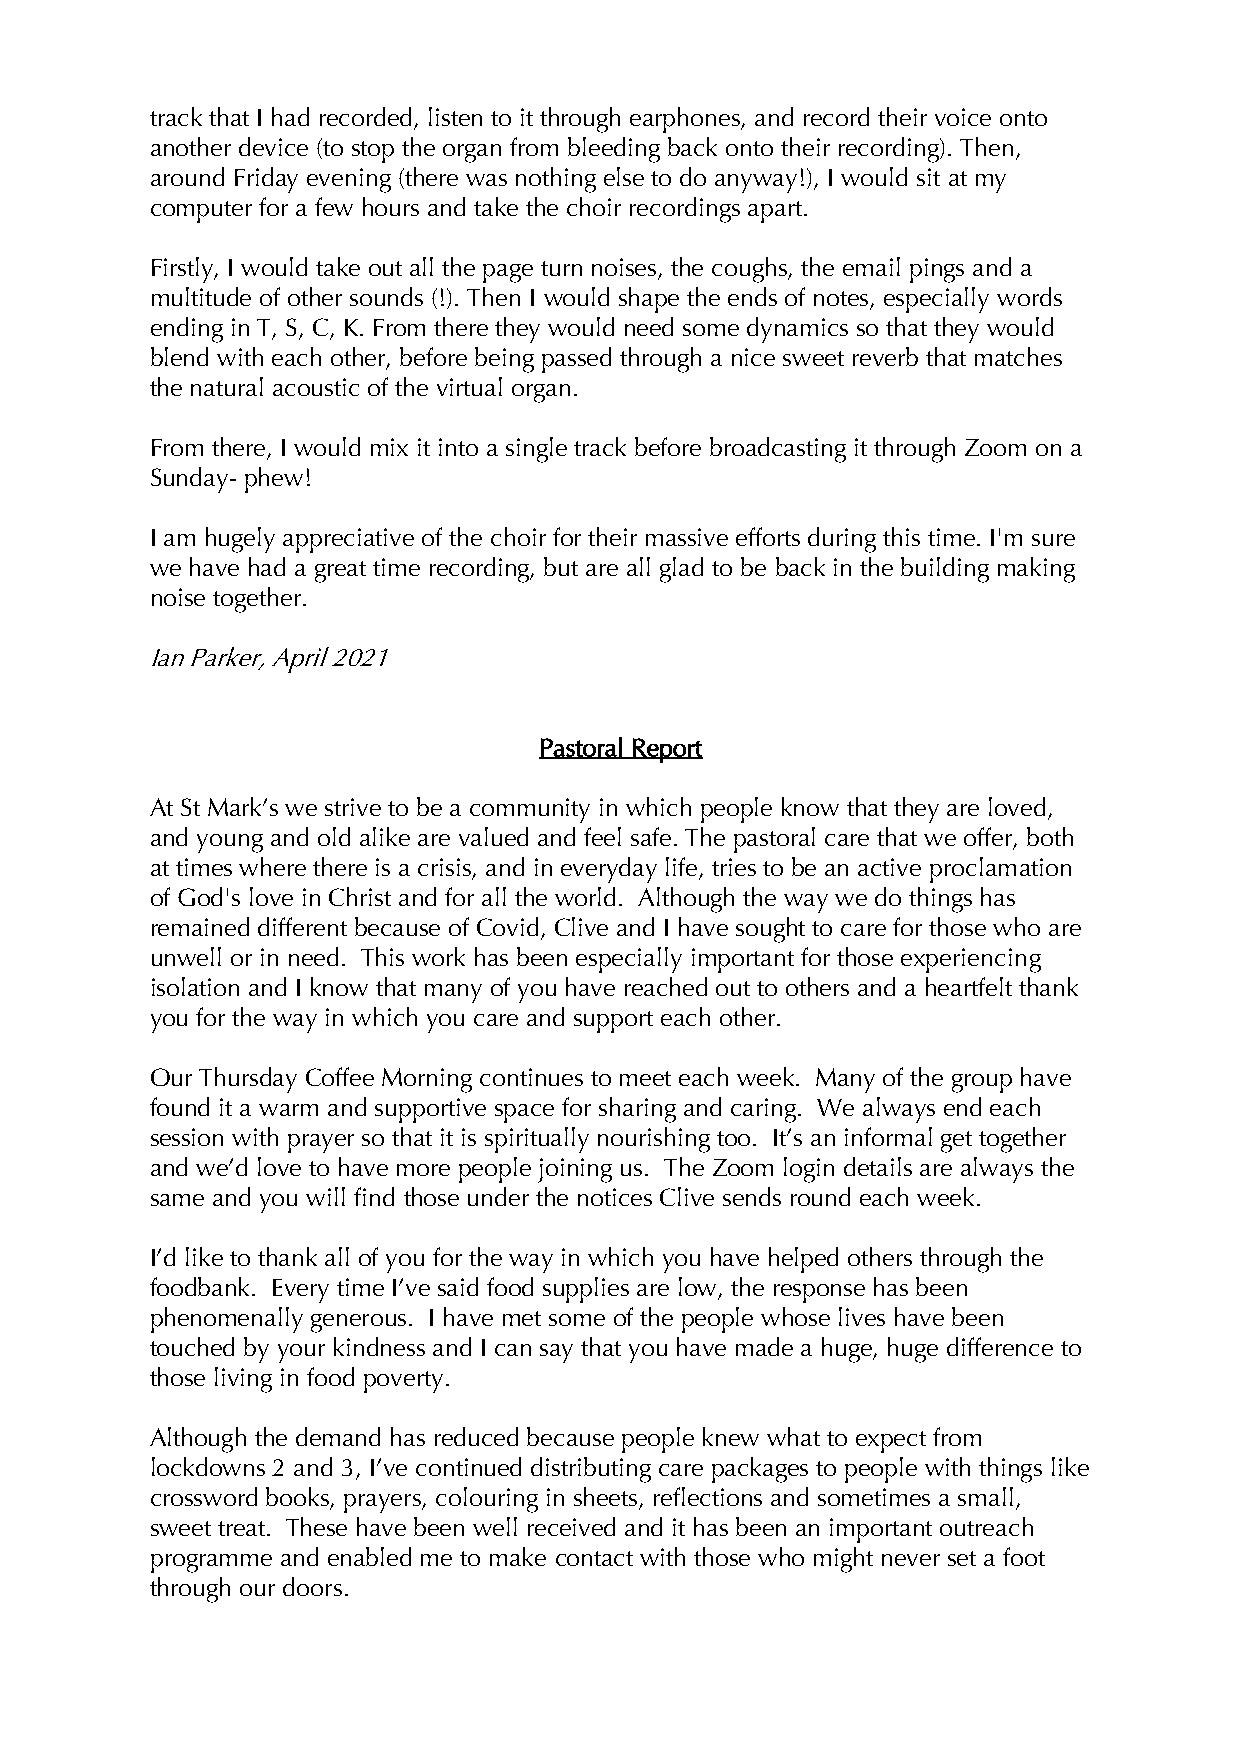
track that I had recorded, listen to it through earphones, and record their voice onto
 another device (to stop the organ from bleeding back onto their recording). Then,
 around Friday evening (there was nothing else to do anyway!), I would sit at my
 computer for a few hours and take the choir recordings apart.
 Firstly, I would take out all the page turn noises, the coughs, the email pings and a
 multitude of other sounds (!). Then I would shape the ends of notes, especially words
 ending in T, S, C, K. From there they would need some dynamics so that they would
 blend with each other, before being passed through a nice sweet reverb that matches
 the natural acoustic of the virtual organ.
 From there, I would mix it into a single track before broadcasting it through Zoom on a
 Sunday- phew!
 I am hugely appreciative of the choir for their massive efforts during this time. I'm sure
 we have had a great time recording, but are all glad to be back in the building making
 noise together.
 Ian Parker, April 2021
 Pastoral Report
 At St Mark’s we strive to be a community in which people know that they are loved,
 and young and old alike are valued and feel safe. The pastoral care that we offer, both
 at times where there is a crisis, and in everyday life, tries to be an active proclamation
 of God's love in Christ and for all the world. Although the way we do things has
 remained different because of Covid, Clive and I have sought to care for those who are
 unwell or in need. This work has been especially important for those experiencing
 isolation and I know that many of you have reached out to others and a heartfelt thank
 you for the way in which you care and support each other.
 Our Thursday Coffee Morning continues to meet each week. Many of the group have
 found it a warm and supportive space for sharing and caring. We always end each
 session with prayer so that it is spiritually nourishing too. It’s an informal get together
 and we’d love to have more people joining us. The Zoom login details are always the
 same and you will find those under the notices Clive sends round each week.
 I’d like to thank all of you for the way in which you have helped others through the
 foodbank. Every time I’ve said food supplies are low, the response has been
 phenomenally generous. I have met some of the people whose lives have been
 touched by your kindness and I can say that you have made a huge, huge difference to
 those living in food poverty.
 Although the demand has reduced because people knew what to expect from
 lockdowns 2 and 3, I’ve continued distributing care packages to people with things like
 crossword books, prayers, colouring in sheets, reflections and sometimes a small,
 sweet treat. These have been well received and it has been an important outreach
 programme and enabled me to make contact with those who might never set a foot
 through our doors.